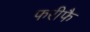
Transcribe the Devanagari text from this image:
फरीफै